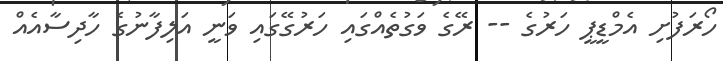
ހޯރަފުށި އެމްޑީޕީ ހަރުގެ -- ރޭގެ ވަގުތެއްގައި ހަރުގޭގައި ވަނީ އަލިފާނުގެ ހާދިސާއެއް